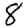
Digit: 8